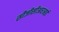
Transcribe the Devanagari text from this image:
सीजीसीआरआई